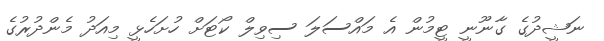
ނަޝީދުގެ ގާނޫނީ ޓީމުން އެ މައްސަލަ ސިވިލް ކޯޓަށް ހުށަހެޅީ މިއަދު މެންދުރުގެ